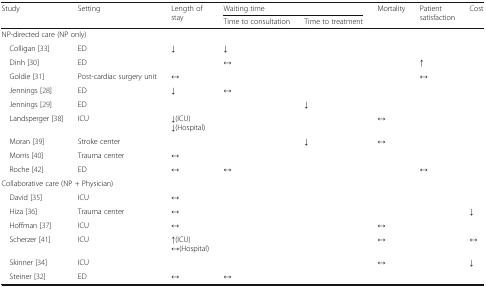
<table><thead><tr><td rowspan="2"><b>Study</b></td><td rowspan="2"><b>Setting</b></td><td rowspan="2"><b>Length of stay</b></td><td colspan="2"><b>Waiting time</b></td><td rowspan="2"><b>Mortality</b></td><td rowspan="2"><b>Patient satisfaction</b></td><td rowspan="2"><b>Cost</b></td></tr><tr><td><b>Time to consultation</b></td><td><b>Time to treatment</b></td></tr></thead><tbody><tr><td colspan="8">NP-directed care (NP only)</td></tr><tr><td> Colligan [33]</td><td>ED</td><td>↓</td><td>↓</td><td></td><td></td><td></td><td></td></tr><tr><td> Dinh [30]</td><td>ED</td><td></td><td>↔</td><td></td><td></td><td>↑</td><td></td></tr><tr><td> Goldie [31]</td><td>Post-cardiac surgery unit</td><td>↔</td><td></td><td></td><td></td><td>↔</td><td></td></tr><tr><td> Jennings [28]</td><td>ED</td><td>↓</td><td>↔</td><td></td><td></td><td></td><td></td></tr><tr><td> Jennings [29]</td><td>ED</td><td></td><td></td><td>↓</td><td></td><td></td><td></td></tr><tr><td> Landsperger [38]</td><td>ICU</td><td>↓(ICU)↓(Hospital)</td><td></td><td></td><td>↔</td><td></td><td></td></tr><tr><td> Moran [39]</td><td>Stroke center</td><td></td><td></td><td>↓</td><td>↔</td><td></td><td></td></tr><tr><td> Morris [40]</td><td>Trauma center</td><td>↔</td><td></td><td></td><td></td><td></td><td></td></tr><tr><td> Roche [42]</td><td>ED</td><td>↔</td><td>↔</td><td></td><td></td><td>↔</td><td></td></tr><tr><td colspan="8">Collaborative care (NP + Physician)</td></tr><tr><td> David [35]</td><td>ICU</td><td>↔</td><td></td><td></td><td></td><td></td><td></td></tr><tr><td> Hiza [36]</td><td>Trauma center</td><td>↔</td><td></td><td></td><td></td><td></td><td>↓</td></tr><tr><td> Hoffman [37]</td><td>ICU</td><td>↔</td><td></td><td></td><td>↔</td><td></td><td></td></tr><tr><td> Scherzer [41]</td><td>ICU</td><td>↑(ICU)↔(Hospital)</td><td></td><td></td><td>↔</td><td></td><td>↔</td></tr><tr><td> Skinner [34]</td><td>ICU</td><td></td><td></td><td></td><td>↔</td><td></td><td>↓</td></tr><tr><td> Steiner [32]</td><td>ED</td><td>↔</td><td>↔</td><td></td><td></td><td></td><td></td></tr></tbody></table>